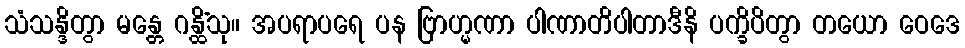
သံသန္ဒိတွာ မန္တေ ဂန္ထိံသု။ အပရာပရေ ပန ဗြာဟ္မဏာ ပါဏာတိပါတာဒီနိ ပက္ခိပိတွာ တယော ဝေဒေ